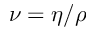
\nu = \eta / \rho